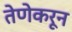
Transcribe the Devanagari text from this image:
तेणेकरून